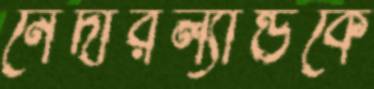
নেদারল্যান্ডকে